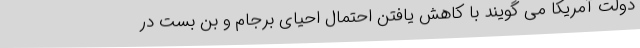
دولت آمریکا می گویند با کاهش یافتن احتمال احیای برجام و بن بست در